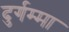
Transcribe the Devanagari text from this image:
दुर्गम्मा